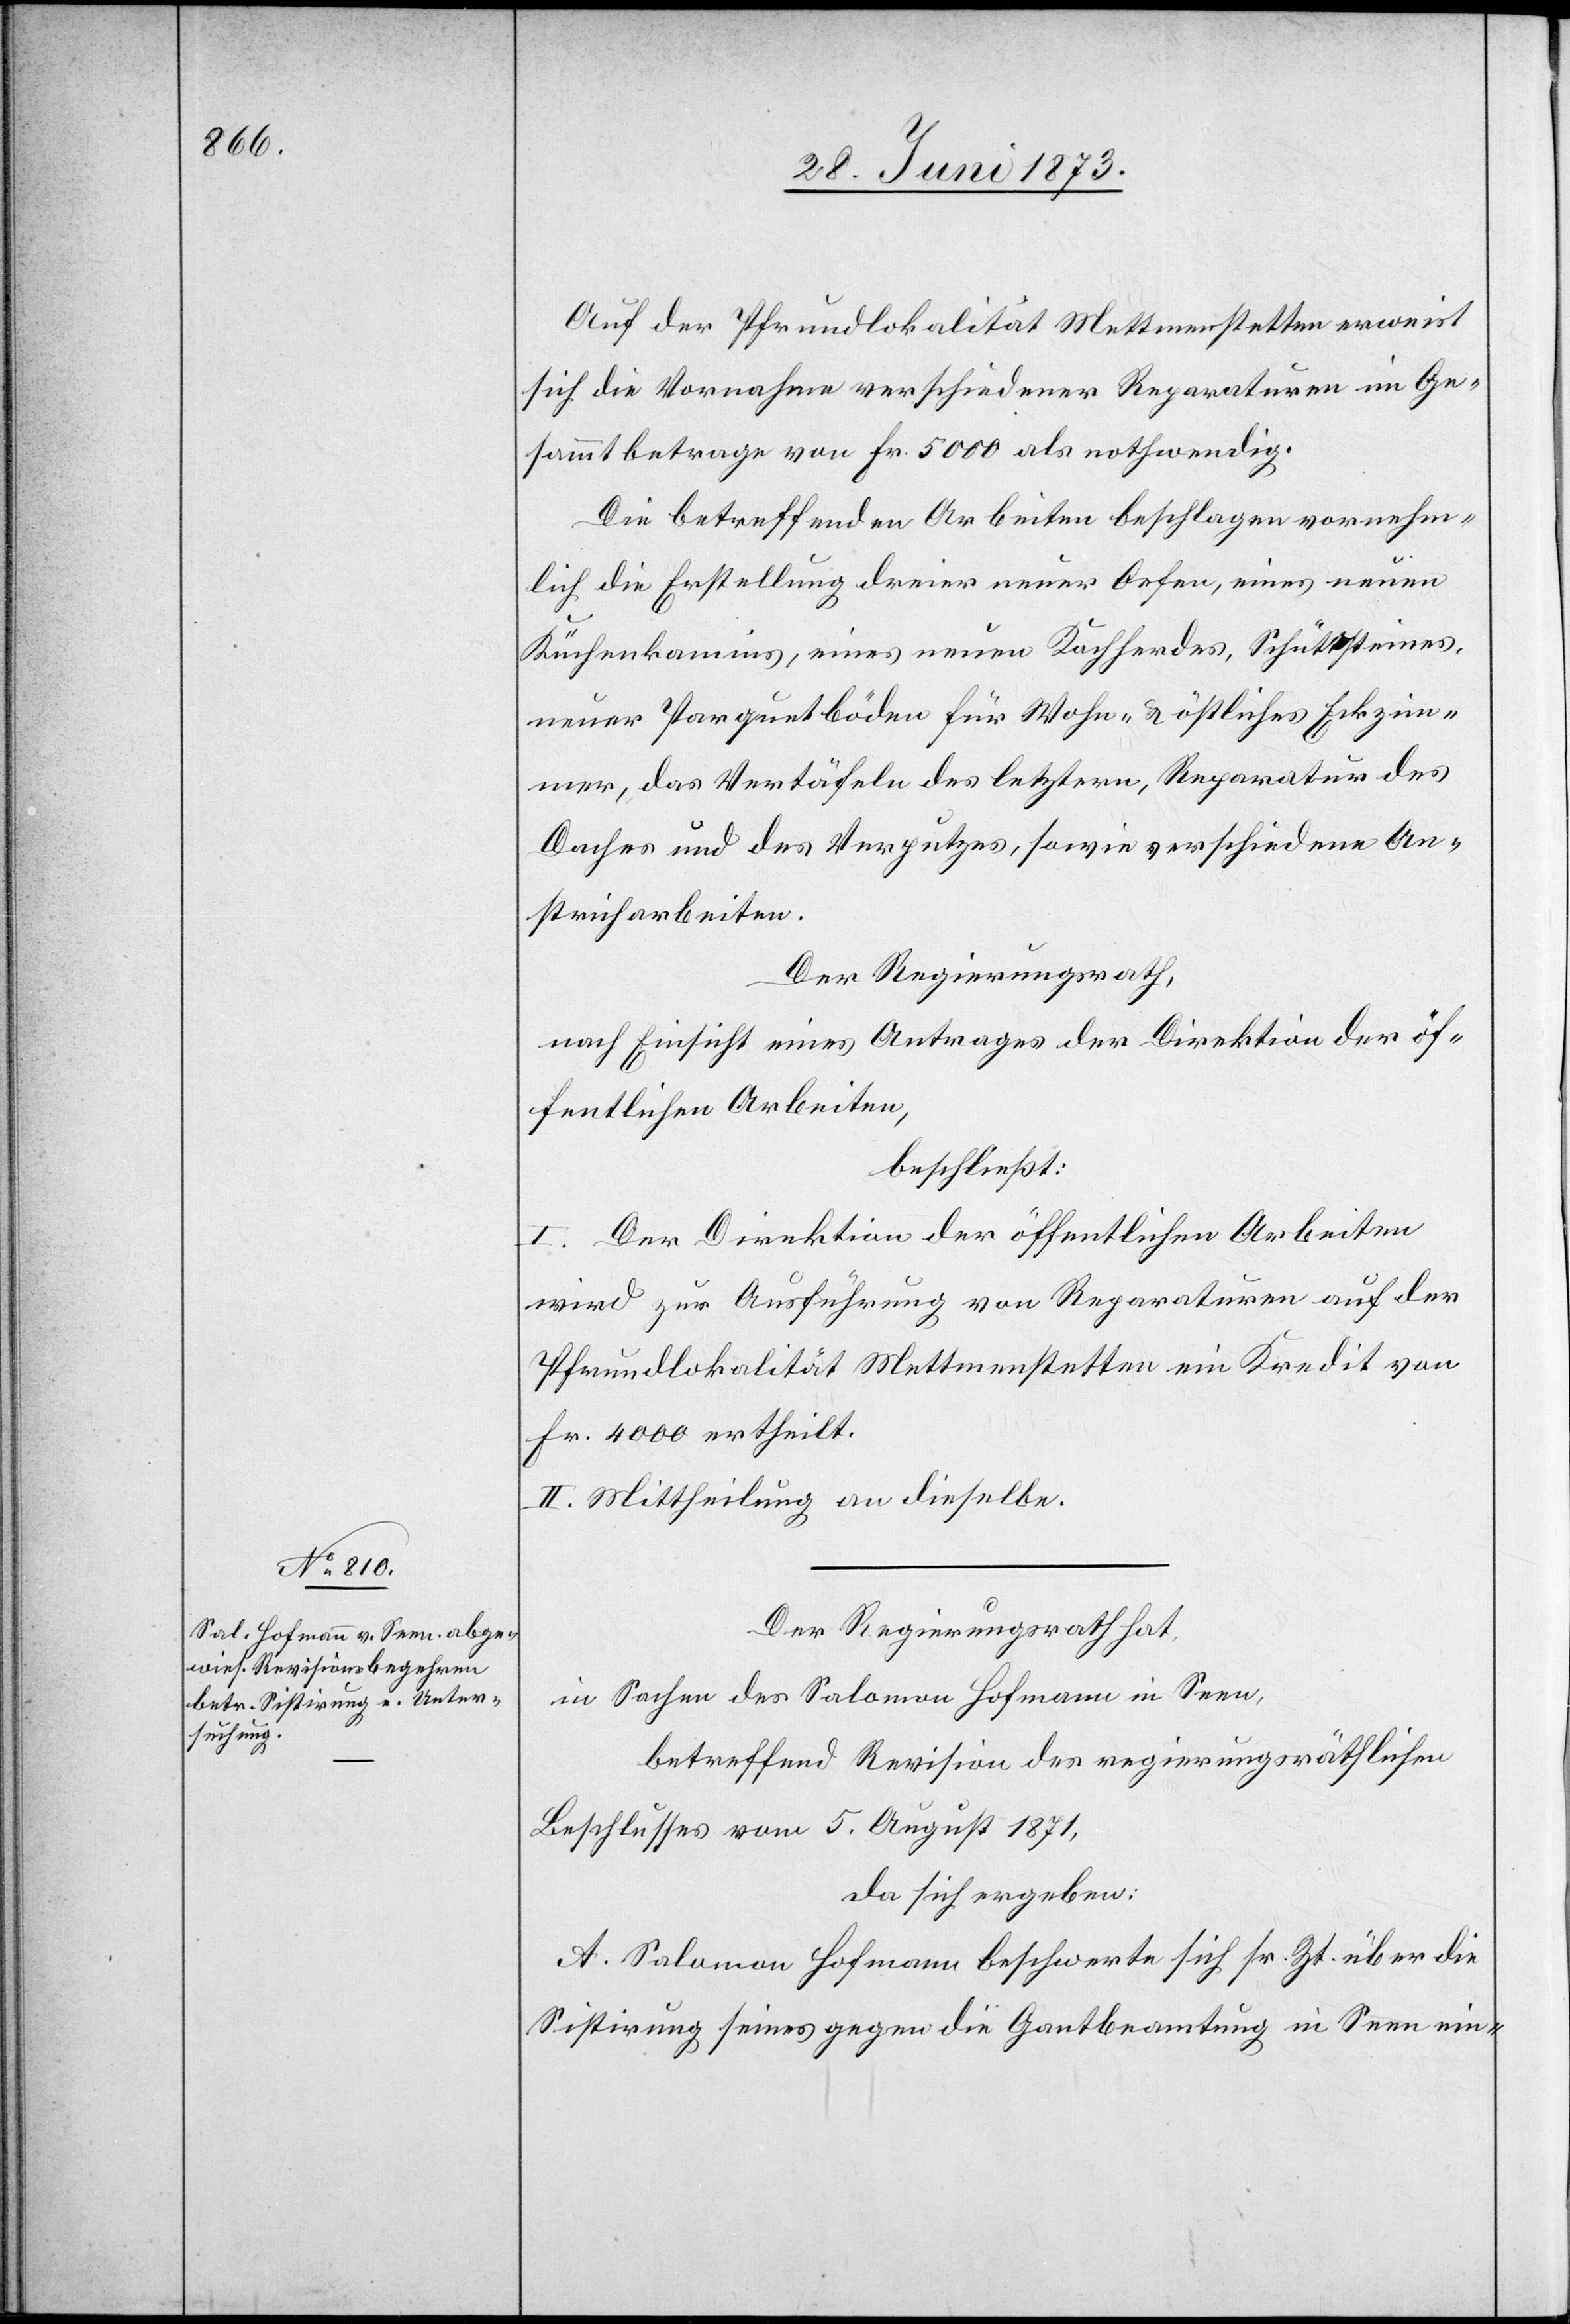
Auf der Pfrundlokalität Mettmenstetten erweist
sich die Vornahme verschiedener Reparaturen im Ge¬
sammtbetrage von Fr. 5 000 als nothwendig.
Die betreffenden Arbeiten beschlagen vornehm¬
lich die Erstellung dreier neuer Oefen, eines neuen
Küchenkamins, eines neuen Kochherdes, Schüttsteines,
neuer Parquetböden für Wohn- & östliches Eckzim¬
mer, das Vertäfeln des letztern, Reparatur des
Daches und des Verputzes, sowie verschiedene An¬
streicharbeiten.
Der Regierungsrath,
nach Einsicht eines Antrages der Direktion der öf¬
fentlichen Arbeiten,
beschließt:
I. Der Direktion der öffentlichen Arbeiten
wird zur Ausführung von Reparaturen auf der
Pfrundlokalität Mettmenstetten ein Kredit von
Fr. 4 000 ertheilt.
II. Mittheilung an dieselbe.
Der Regierungsrath hat,
in Sachen des Salomon Hofmann in Seen,
betreffend Revision des regierungsräthlichen
Beschlusses vom 5. August 1871,
da sich ergeben:
A. Salomon Hofmann beschwerte sich sr. Zt. über die
Sistirung seines [sic!] gegen die Gantbeamtung in Seen ein-